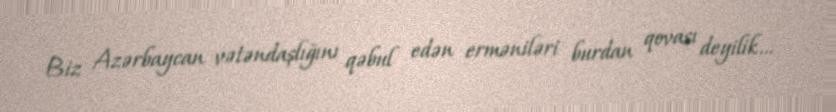
Biz Azərbaycan vətəndaşlığını qəbul edən erməniləri burdan qovası deyilik...